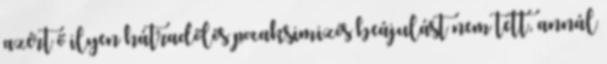
azért ő ilyen hátradőlős pocaksimizós beájulást nem tett, annál